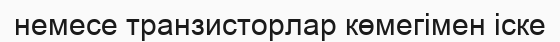
немесе транзисторлар көмегімен іске